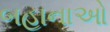
બહાનાઓ